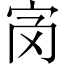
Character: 𡧝